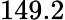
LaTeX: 149.2